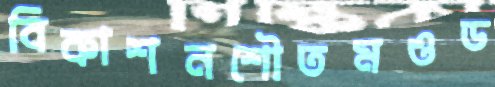
বিকাশনশৌতমওড